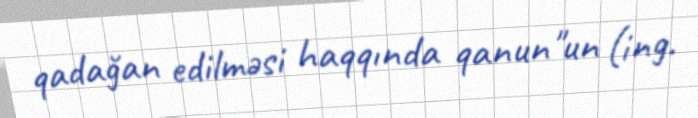
qadağan edilməsi haqqında qanun"un (ing.